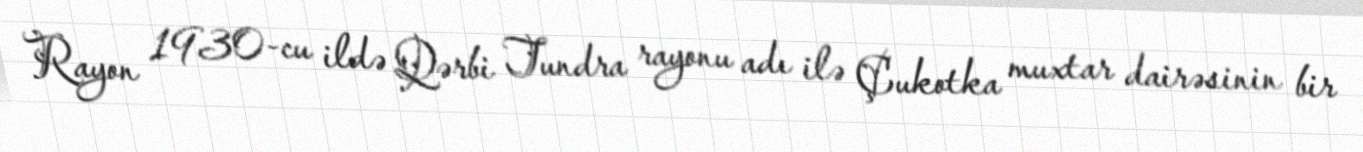
Rayon 1930-cu ildə Qərbi Tundra rayonu adı ilə Çukotka muxtar dairəsinin bir